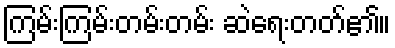
ကြမ်းကြမ်းတမ်းတမ်း ဆဲရေးတတ်၏။